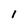
Character: 1